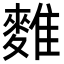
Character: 𪍇